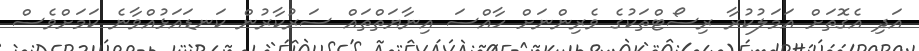
އަދި އެގޮތަށް އަމަލުކުރާ ރިސޯޓްތަކުގެ ވެރިންނަށް ހާއްސަ އިނާޔަތްތައް ސަރުކާރުން ކަނޑައަޅުއްވާނެ ކަމަށްވެސް